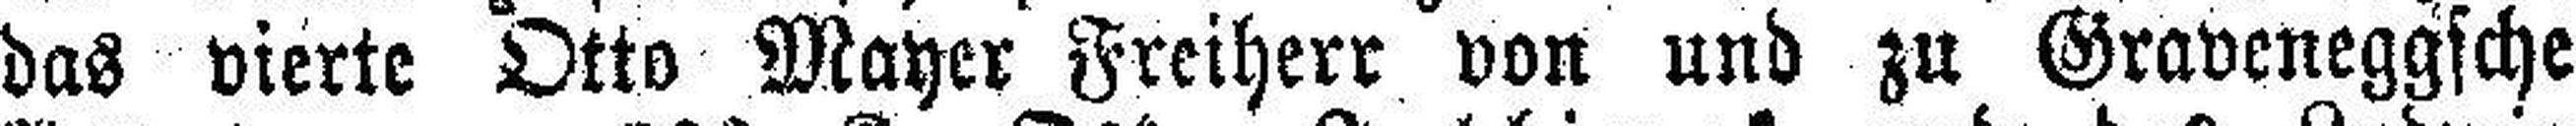
das vierte Otto Mayer Freiherr von und zu Graveneggsche